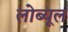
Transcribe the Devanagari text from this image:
लोब्यूल